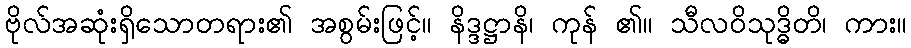
ဗိုလ်အဆုံးရှိသောတရား၏ အစွမ်းဖြင့်။ နိဒ္ဒဋ္ဌာနိ၊ ကုန် ၏။ သီလဝိသုဒ္ဓိတိ၊ ကား။